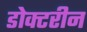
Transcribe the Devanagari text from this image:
डोक्टरीन